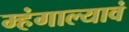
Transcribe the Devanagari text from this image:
म्हंगाल्यावं